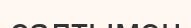
салтымен